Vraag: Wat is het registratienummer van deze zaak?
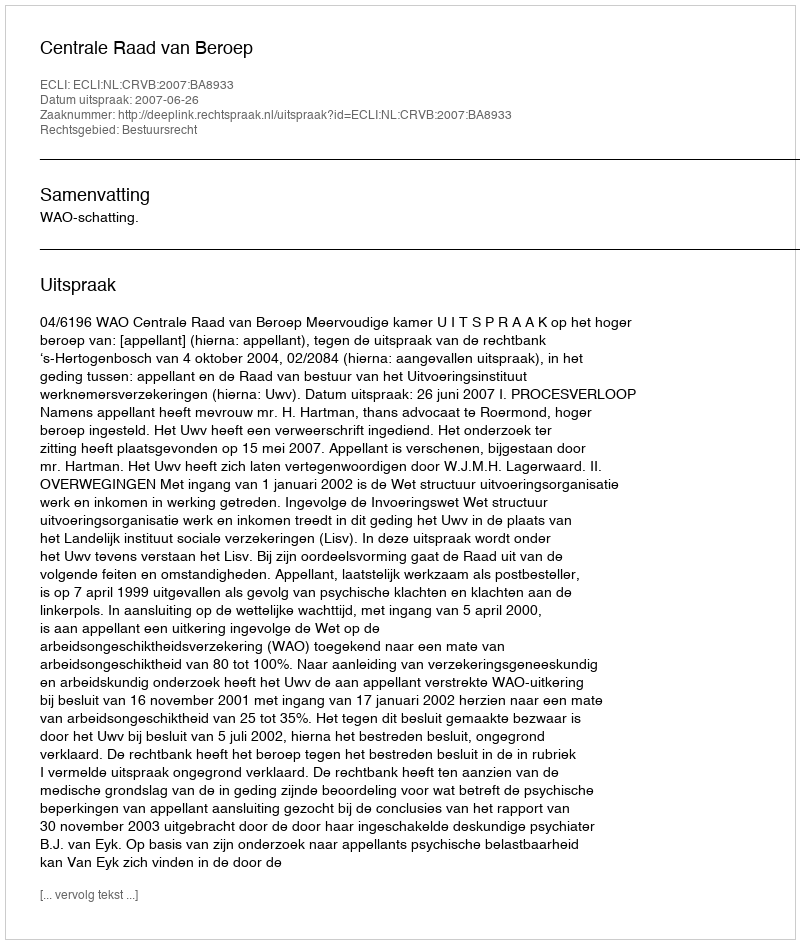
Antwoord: http://deeplink.rechtspraak.nl/uitspraak?id=ECLI:NL:CRVB:2007:BA8933